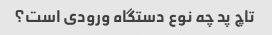
تاچ پد چه نوع دستگاه ورودی است؟